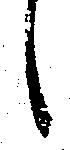
候